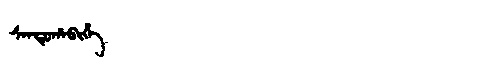
Manchu: ᠰᠠᠨᡩᡠᡥᠠᠪᡳᡥᡝ
Romanization: SANDUHABIHE